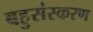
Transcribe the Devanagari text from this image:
बहुसंस्करण